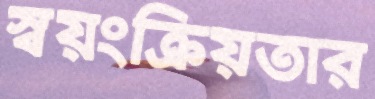
স্বয়ংক্রিয়তার